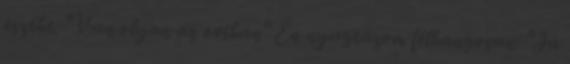
eszébe. "Van olyan az oviban" Én nyugtázom félhangosan: "Ja